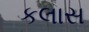
કલાસ